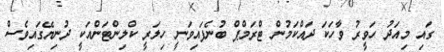
ގައި މިއަދު ހަވީރު ވާހަކަ ދައްކަމުން ޓްރަމްޕް ބުނެފައިވަނީ ހިލަރީ ކްލިންޓަންއަކީ ދުނިޔޭގައިވެސް